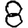
Digit: 8